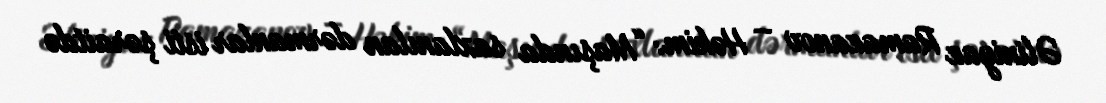
Əliniyaz Ramazanov – Həkim: “Maşında saxlanılan dərmanlar isti şəraitdə